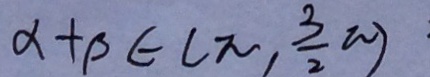
\alpha + \beta \in ( \pi , \frac { 3 } { 2 } \pi )